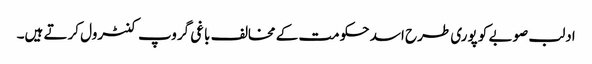
ادلب صوبے کو پوری طرح اسد حکومت کے مخالف باغی گروپ کنٹرول کرتے ہیں۔